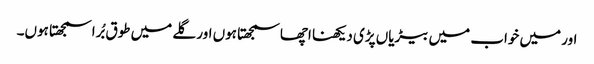
اور میں خواب میں بیڑیاں پڑی دیکھنا اچھا سمجھتا ہوں اور گلے میں طوق بُرا سمجھتا ہوں۔